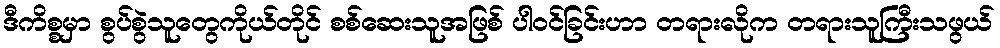
ဒီကိစ္စမှာ စွပ်စွဲသူတွေကိုယ်တိုင် စစ်ဆေးသူအဖြစ် ပါဝင်ခြင်းဟာ တရားလိုက တရားသူကြီးသဖွယ်